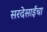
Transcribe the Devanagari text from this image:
सरदेसाईंचा